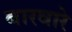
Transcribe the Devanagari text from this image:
बारवारे